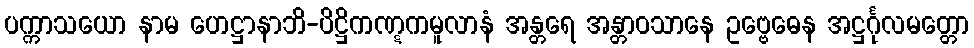
ပက္ကာသယော နာမ ဟေဋ္ဌာနာဘိ-ပိဋ္ဌိကဏ္ဋကမူလာနံ အန္တရေ အန္တာဝသာနေ ဥဗ္ဗေဓေန အဋ္ဌင်္ဂုလမတ္တော